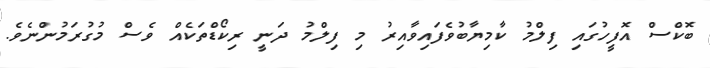
ބޮކްސް އޮފީހުގައި ފިލްމު ކާމިޔާބުވެފައިވާއިރު މި ފިލްމު ދަނީ ރިކޯޑްތަކެއް ވެސް މުގުރަމުންނެވެ.